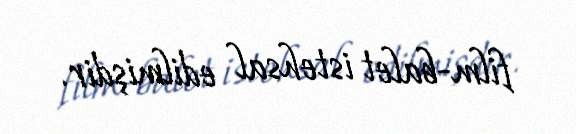
film-balet istehsal edilmişdir.